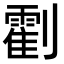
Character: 𠠛